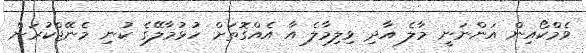
ވެމްކޯއިން އަންނަނީ މާލެ އާދި ވިލިމާލެ އާ އެއްގޮތަށް ހުޅުމާލޭގެ ކުނި މެނޭޖްކުރަން